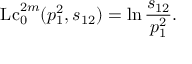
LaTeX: \mathrm { L c } _ { 0 } ^ { 2 m } ( p _ { 1 } ^ { 2 } , s _ { 1 2 } ) = \ln \frac { s _ { 1 2 } } { p _ { 1 } ^ { 2 } } .